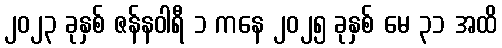
၂၀၂၃ ခုနှစ် ဇန်နဝါရီ ၁ ကနေ ၂၀၂၅ ခုနှစ် မေ ၃၁ အထိ